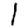
Digit: 1